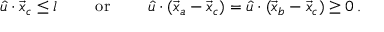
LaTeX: \begin{array} { c c c } { { \hat { u } \cdot \vec { x } _ { c } \leq l ~ ~ } } & { { ~ ~ \mathrm { o r } ~ ~ } } & { { ~ ~ \hat { u } \cdot ( \vec { x } _ { a } - \vec { x } _ { c } ) = \hat { u } \cdot ( \vec { x } _ { b } - \vec { x } _ { c } ) \geq 0 \, . } } \end{array}